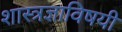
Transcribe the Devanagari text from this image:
शास्त्रज्ञाविषयी